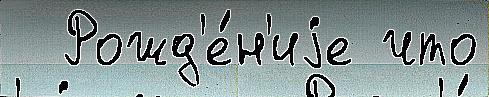
  Рожд'е́н'иjе что